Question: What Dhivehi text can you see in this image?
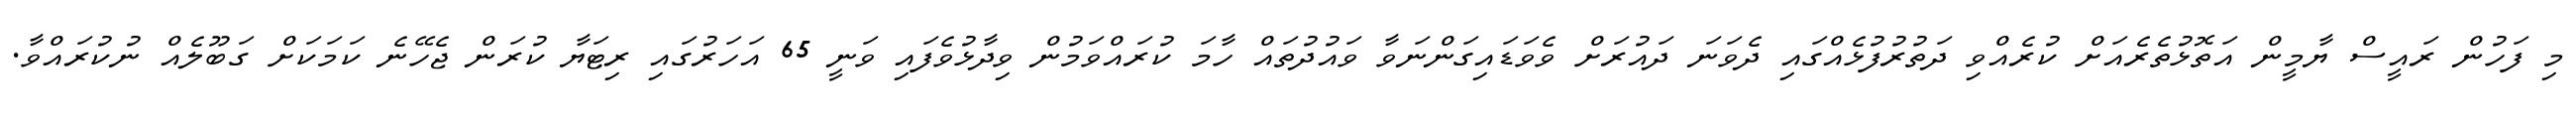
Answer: މި ފަހުން ރައީސް ޔާމީން އަތޮޅުތެރެއަށް ކުރެއްވި ދަތުރުފުޅެއްގައި ދެވަނަ ދައުރަށް ވެވަޑައިގަންނަވާ ވައުދުތައް ހާމަ ކުރައްވަމުން ވިދާޅުވެފައި ވަނީ 65 އަހަރުގައި ރިޓަޔާ ކުރަން ޖެހޭނެ ކަމަކަށް ގަބޫލެއް ނުކުރައްވާ.